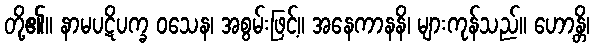
တို့၏။ နာမပဋိပက္ခ ဝသေန၊ အစွမ်းဖြင့်။ အနေကာနနိ၊ များကုန်သည်။ ဟောန္တိ၊